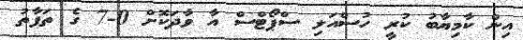
އިން ކާމިޔާބު ކުރީ ހުސްއަލި ސްޕޯޓްސް އާ ވާދަކޮށް 0-7 ގެ ތަފާތު